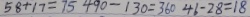
5 8 + 1 7 = 7 5 4 9 0 - 1 3 0 = 3 6 0 4 6 - 2 8 = 1 8